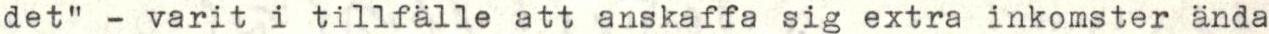
det" - varit i tillfälle att anskaffa sig extra inkomster ända